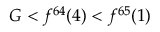
G < f ^ { 6 4 } ( 4 ) < f ^ { 6 5 } ( 1 )